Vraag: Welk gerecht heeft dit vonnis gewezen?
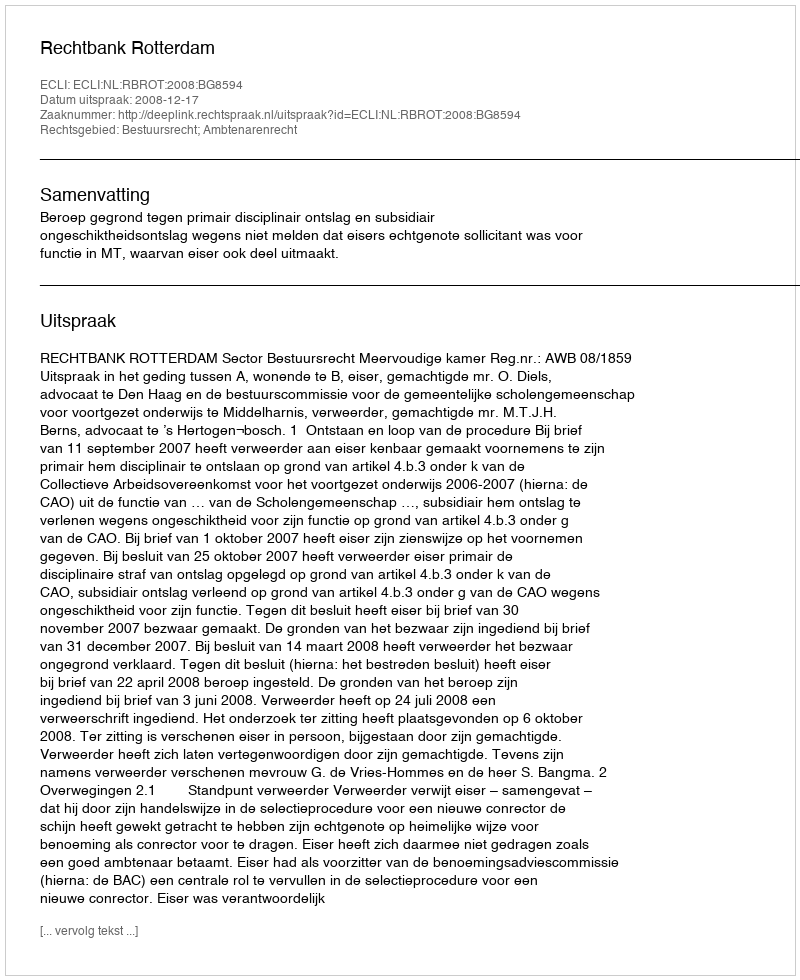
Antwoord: Rechtbank Rotterdam